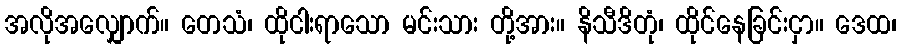
အလိုအလျှောက်။ တေသံ၊ ထိုငါးရာသော မင်းသား တို့အား။ နိသီဒိတုံ၊ ထိုင်နေခြင်းငှာ။ ဒေထ၊